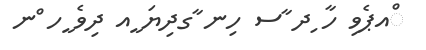
ްއޕެވި ހާ ިދ ާސ ހިނ ާގދިޔަ ީއ ދިވެ ީހ ްނ